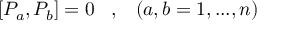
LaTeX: \left[ { { \cal P } } _ { a } , { { \cal P } } _ { b } \right] = 0 \; \; \; , \; \; \; \left( a , b = 1 , . . . , n \right)